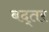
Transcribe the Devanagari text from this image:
बद्तर